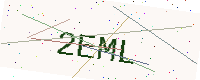
Text: 2EML